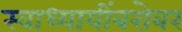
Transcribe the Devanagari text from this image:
स्वाध्यायींबरोबर